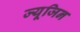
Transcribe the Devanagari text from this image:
ज्यूजिन